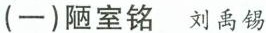
(一)陋室铭 刘禹锡